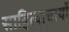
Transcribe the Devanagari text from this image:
साहित्याचार्यो